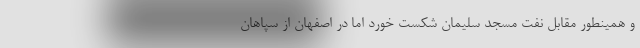
و همینطور مقابل نفت مسجد سلیمان شکست خورد اما در اصفهان از سپاهان